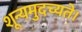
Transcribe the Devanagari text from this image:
शून्यमुदच्यते।